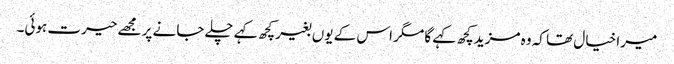
میرا خیال تھا کہ وہ مزید کچھ کہے گا مگر اس کے یوں بغیر کچھ کہے چلے جانے پر مجھے حیرت ہوئی۔